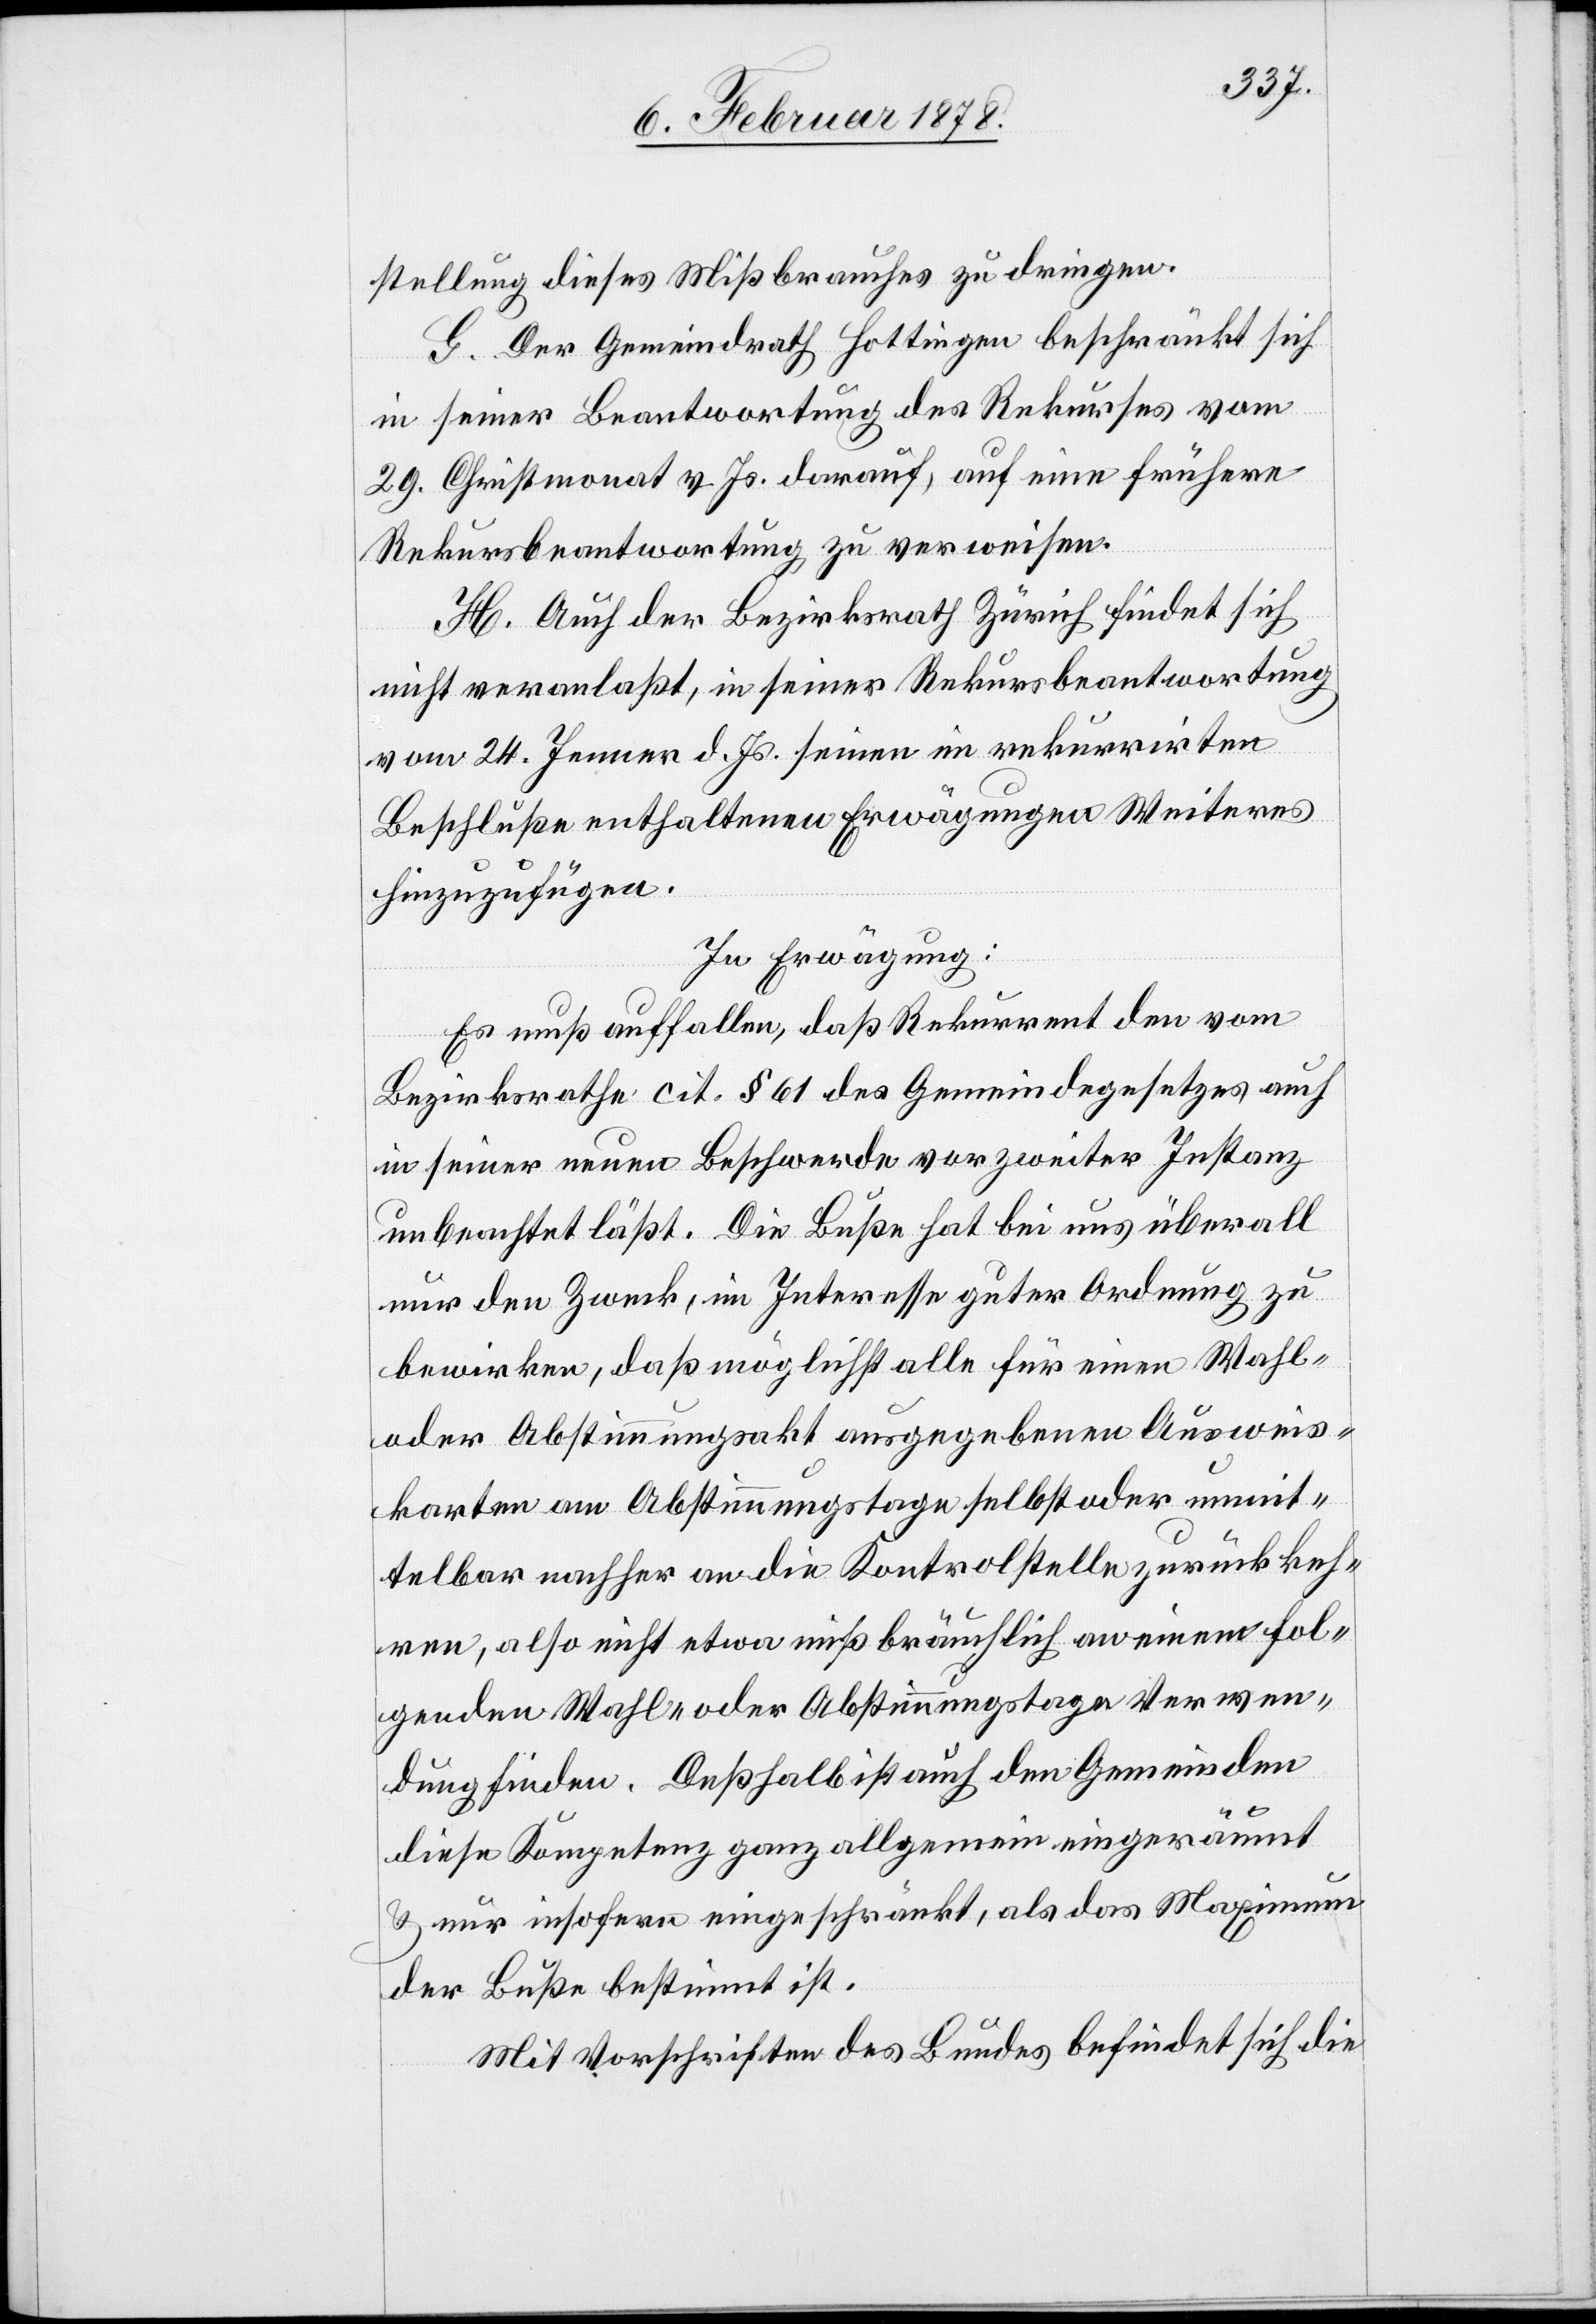
stellung dieses Mißbrauches zu drängen.
G. Der Gemeindrath Hottingen beschränkt sich
in seiner Beantwortung des Rekurses vom
29. Christmonat v. Js. darauf, auf eine frühere
Rekursbeantwortung zu verweisen.
H. Auch der Bezirksrath Zürich findet sich
nicht veranlaßt, in seiner Rekursbeantwortung
vom 24. Jenner d. Js. seinen in rekurrirtem
Beschluße enthaltenen Erwägungen Weiteres
hinzuzufügen.
In Erwägung:
Es muß auffallen, daß Rekurrent den vom
Bezirksrathe cit. § 61 des Gemeindegesetzes auch
in seiner neuen Beschwerde vor zweiter Instanz
unbeachtet läßt. Die Buße hat bei uns überall
nur den Zweck, im Interesse guter Ordnung zu
bewirken, daß möglichst alle für einen Wahl-
oder Abstimmungsakt ausgegebenen Ausweis¬
karten am Abstimmungstage selbst oder unmitt¬
telbar nachher an die Kontrolstellen zurückkeh¬
ren, also nicht etwa missbräuchlich an einem fol¬
genden Wahl- oder Abstimmungstage Verwen¬
dung finden. Deßhalb ist auch den Gemeinden
diese Kompetenz ganz allgemein eingeräumt
& nur insofern eingeschränkt, als das Maximum
der Buße bestimmt ist.
Mit Vorschriften des Bundes befindet sich die